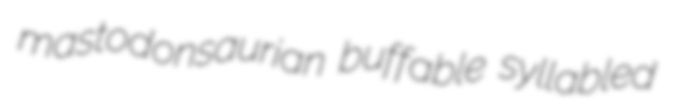
mastodonsaurian buffable syllabled